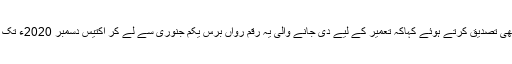
یونین جماعتوں کے دھڑے کے سربراہ فولکر کاؤڈر نے بھی تصدیق کرتے ہوئے کہاکہ تعمیر کے لیے دی جانے والی یہ رقم رواں برس یکم جنوری سے لے کر اکتیس دسمبر 2020ء تک دی جائے گی اور اس میں رقبے کی کوئی حد نہیں ہو گی۔